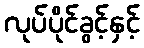
လုပ်ပိုင်ခွင့်နှင့်